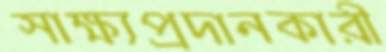
সাক্ষ্যপ্রদানকারী